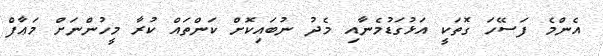
އެންމެ ފަސޭހަ ގޮތަކީ އަޅުގަޑުމެނާއި މެދު ނުބައިކޮށް ކަންތައް ކުރާ މީހުންނަށް މަޢާފް